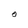
Character: O